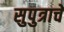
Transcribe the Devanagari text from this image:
सुपुत्राचे